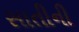
સાતીની